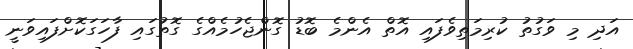
އަދި މި ވަގުތު ކުރިމަތިވެފައި އޮތް އެންމެ ބޮޑު ގޮންޖެހުމެއްގެ ގޮތުގައި ފާހަގަކޮށްފައިވަނީ